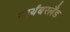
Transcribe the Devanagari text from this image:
नार्थंबरलैंड